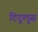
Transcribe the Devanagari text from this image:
टिटुलुस